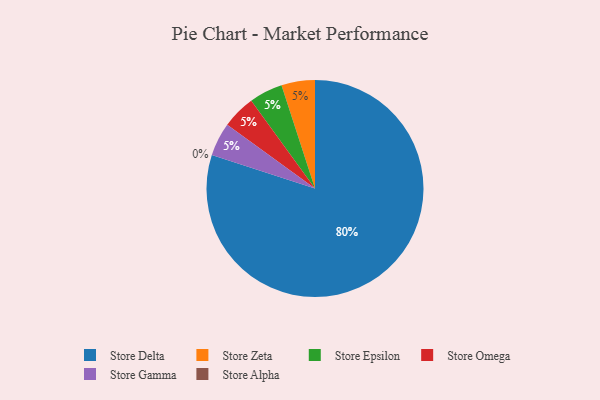
{"axis": {"x": "Category", "y": "Percentage"}, "legend": ["Store Alpha", "Store Delta", "Store Epsilon", "Store Gamma", "Store Omega", "Store Zeta"], "data": [{"x": "Store Zeta", "y": 5, "type": "Store Zeta"}, {"x": "Store Epsilon", "y": 5, "type": "Store Epsilon"}, {"x": "Store Omega", "y": 5, "type": "Store Omega"}, {"x": "Store Gamma", "y": 5, "type": "Store Gamma"}, {"x": "Store Delta", "y": 80, "type": "Store Delta"}, {"x": "Store Alpha", "y": 0, "type": "Store Alpha"}]}